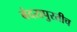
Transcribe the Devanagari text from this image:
बंदरापुरतीच